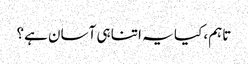
تاہم، کیا یہ اتنا ہی آسان ہے؟